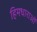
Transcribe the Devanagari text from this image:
हिमधाराओं